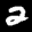
Label: 2